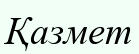
Қазмет